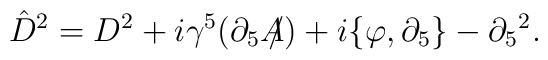
\hat{D}^{2}=D^{2}+i\gamma^{5}(\partial_{5}A\!\!\!/)+i\{\varphi,\partial_{5}\}-\partial_{5}{}^{2}.